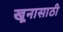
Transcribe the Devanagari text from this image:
खूनासाठी